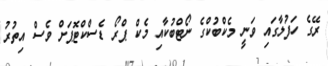
ރޭގެ ހަފުލާގައި ވަނީ މެކްބުކްގެ ނޯޓްބުކާއި މެކް ޕްރޯ ޑެސްކްޓޮޕަށް ވެސް އިތުރު